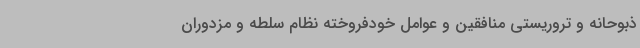
ذبوحانه و تروریستی منافقین و عوامل خودفروخته نظام سلطه و مزدوران